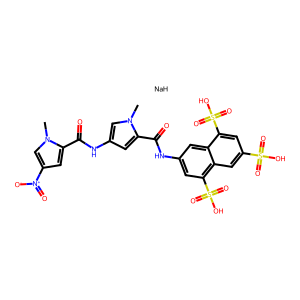
SMILES: Cn1cc(NC(=O)c2cc([N+](=O)[O-])cn2C)cc1C(=O)Nc1cc(S(=O)(=O)O)c2cc(S(=O)(=O)O)cc(S(=O)(=O)O)c2c1.[NaH]
Inhibits HIV replication: Yes